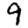
Digit: 9